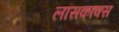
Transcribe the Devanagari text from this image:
लॉसकाक्स